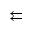
\leftleftarrows